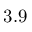
3 . 9